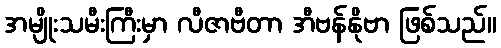
အမျိုးသမီးကြီးမှာ လီဇာဗီတာ အီဗန်နိုဗာ ဖြစ်သည်။